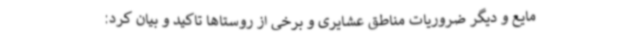
مایع و دیگر ضروریات مناطق عشایری و برخی از روستاها تاکید و بیان کرد: